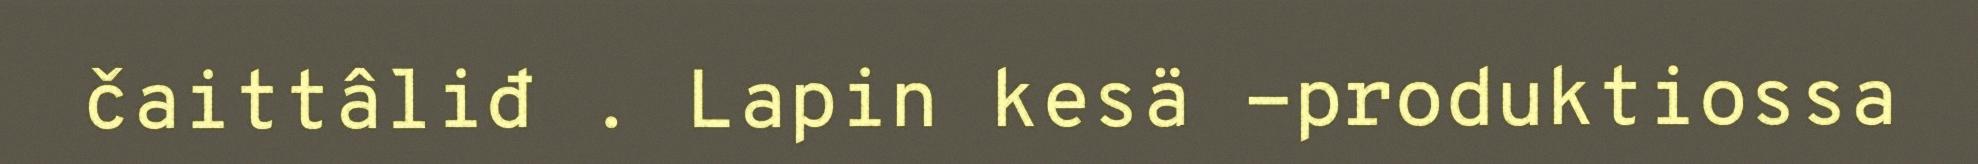
čaittâliđ . Lapin kesä -produktiossa